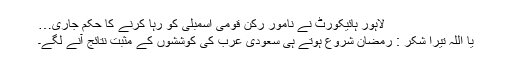
لاہور ہائیکورٹ نے نامور رُکن قومی اسمبلی کو رہا کرنے کا حکم جاری…
یا اللہ تیرا شکر : رمضان شروع ہوتے ہی سعودی عرب کی کوششوں کے مثبت نتائج آنے لگے۔